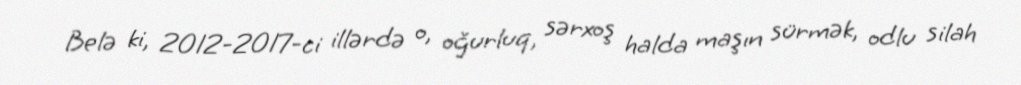
Belə ki, 2012-2017-ci illərdə o, oğurluq, sərxoş halda maşın sürmək, odlu silah